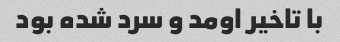
با تاخیر اومد و سرد شده بود